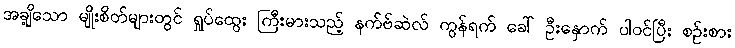
အချို့သော မျိုးစိတ်များတွင် ရှုပ်ထွေး ကြီးမားသည့် နက်ဗ်ဆဲလ် ကွန်ရက် ခေါ် ဦးနှောက် ပါဝင်ပြီး စဉ်းစား